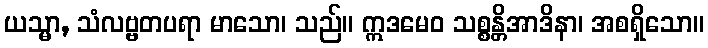
ယသ္မာ, သံလဗ္ဗတပရာ မာသော၊ သည်။ ဣဒမေဝ သစ္စန္တိအာဒိနာ၊ အစရှိသော။